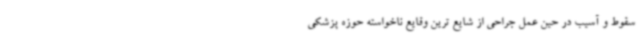
سقوط و آسیب در حین عمل جراحی از شایع ترین وقایع ناخواسته حوزه پزشکی